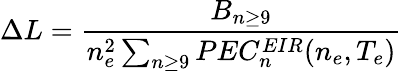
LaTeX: \Delta L=\frac{B_{n\geq 9}}{n_{e}^{2}\sum_{n\geq 9}PEC_{n}^{EIR}(n_{e},T_{e})}